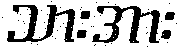
သားအား